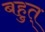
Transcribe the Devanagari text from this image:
बहुत्‌